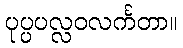
ပုပ္ပပလ္လဝလင်္ကတာ။